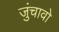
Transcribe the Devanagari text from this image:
जुंचावो